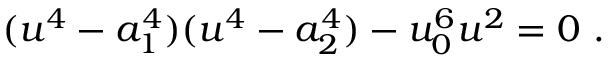
( u ^ { 4 } - a _ { 1 } ^ { 4 } ) ( u ^ { 4 } - a _ { 2 } ^ { 4 } ) - u _ { 0 } ^ { 6 } u ^ { 2 } = 0 ~ .